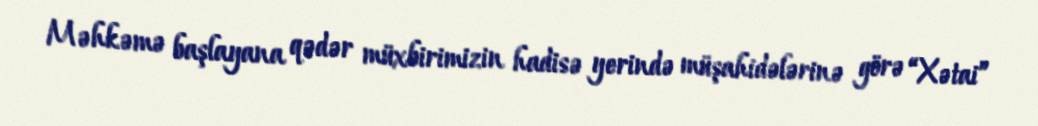
Məhkəmə başlayana qədər müxbirimizin hadisə yerində müşahidələrinə görə “Xətai”